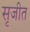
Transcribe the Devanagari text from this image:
सृजीत